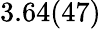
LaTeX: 3.64(47)